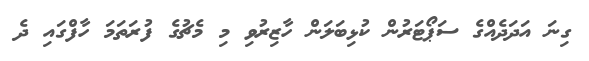
ގިނަ އަދަދެއްގެ ސަޕޯޓަރުން ކުޅިބަލަން ހާޒިރުވި މި މެޗުގެ ފުރަތަމަ ހާފްގައި ދެ